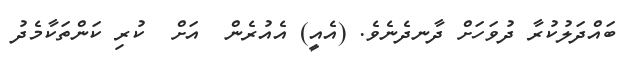
ބައްދަލުކުރާ ދުވަހަށް ދާނދެނެވެ. (އެއީ) އެއުރެން  އަށް  ކުރި ކަންތަކާމެދު